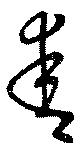
舎